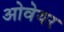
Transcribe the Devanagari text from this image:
ओवेयर